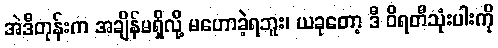
အဲဒီတုန်းက အချိန်မရှိလို့ မဟောခဲ့ရဘူး၊ ယခုတော့ ဒီ ဝိရတီသုံးပါးကို